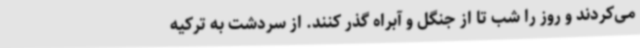
می‌کردند و روز را شب تا از جنگل و آبراه گذر کنند. از سردشت به ترکیه